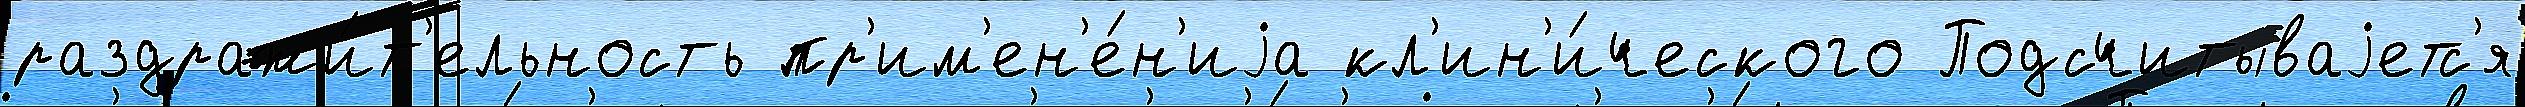
раздражи́т'ельность пр'им'ен'е́н'иjа кл'ин'и́ческого Подсчитываjетс'я